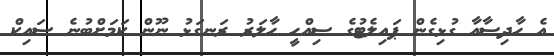
އެ ހާދިސާއާ ގުޅިގެން ޕައިލެޓުގެ ސިއްހީ ހާލަރު ރަނގަޅު ނޫން ކަމަށްބުނެ ސައިކް